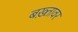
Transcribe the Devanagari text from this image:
बख़्तावर